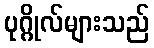
ပုဂ္ဂိုလ်များသည်